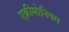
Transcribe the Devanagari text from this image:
एक्रीमोनियम